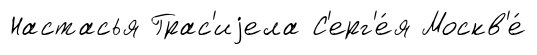
Настасья Грас'иjела С'ерг'е́я Москв'е́